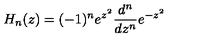
H _ { n } ( z ) = ( - 1 ) ^ { n } e ^ { z ^ { 2 } } \frac { d ^ { n } } { d z ^ { n } } e ^ { - z ^ { 2 } }